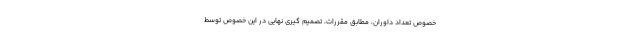
خصوص تعداد داوران، مطابق مقررات، تصمیم گیری نهایی در این خصوص توسط